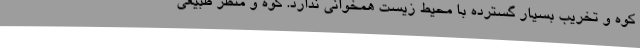
کوه و تخریب بسیار گسترده با محیط‌ زیست همخوانی ندارد. کوه و منظر طبیعی